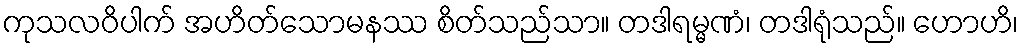
ကုသလဝိပါက် အဟိတ်သောမနဿ စိတ်သည်သာ။ တဒါရမ္မဏံ၊ တဒါရုံသည်။ ဟောဟိ၊